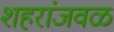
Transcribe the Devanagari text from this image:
शहरांजवळ